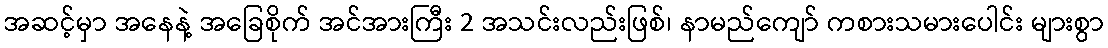
အဆင့်မှာ အနေနဲ့ အခြေစိုက် အင်အားကြီး 2 အသင်းလည်းဖြစ်၊ နာမည်ကျော် ကစားသမားပေါင်း များစွာ